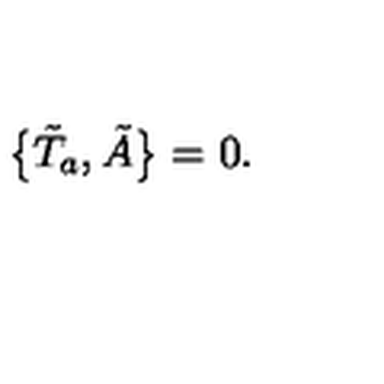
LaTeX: \bigl \{ \tilde { T } _ { a } , \tilde { A } \bigr \} = 0 .